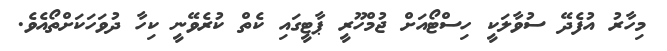
މިހާރު އުފެދޭ ސުވާލަކީ ހިސްޓޯއަށް ޖުމްހޫރީ ޕާޓީގައި ކެތް ކުރެވޭނީ ކިހާ ދުވަހަކަށްތޯއެވެ.